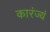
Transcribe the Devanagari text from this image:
कारंज्यं